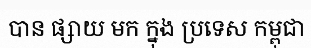
បាន ផ្សាយ មក ក្នុង ប្រទេស កម្ពុជា